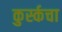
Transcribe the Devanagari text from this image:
कुर्स्कचा